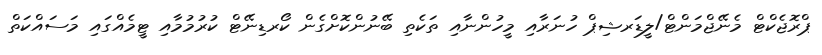
ޕްރޮޖެކްޓް މެނޭޖްމަންޓް/ލީޑަރޝިޕް ހުނަރާއި މީހުންނާއި ތަކެތި ބޭނުންކޮށްގެން ކޯރޑިނޭޓް ކުރުމުމާއި ޓީމެއްގައި މަސައްކަތް